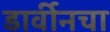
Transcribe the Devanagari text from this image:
डार्वीनचा